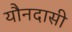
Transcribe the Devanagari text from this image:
यौनदासी